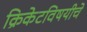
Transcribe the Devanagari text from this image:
क्रिकेटविषयीचे